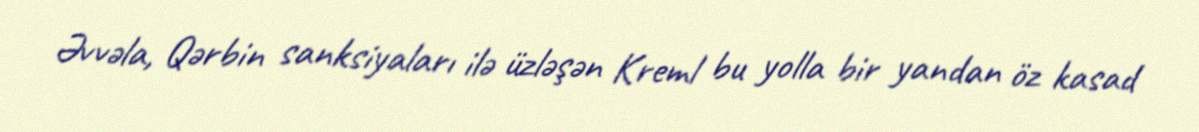
Əvvəla, Qərbin sanksiyaları ilə üzləşən Kreml bu yolla bir yandan öz kasad